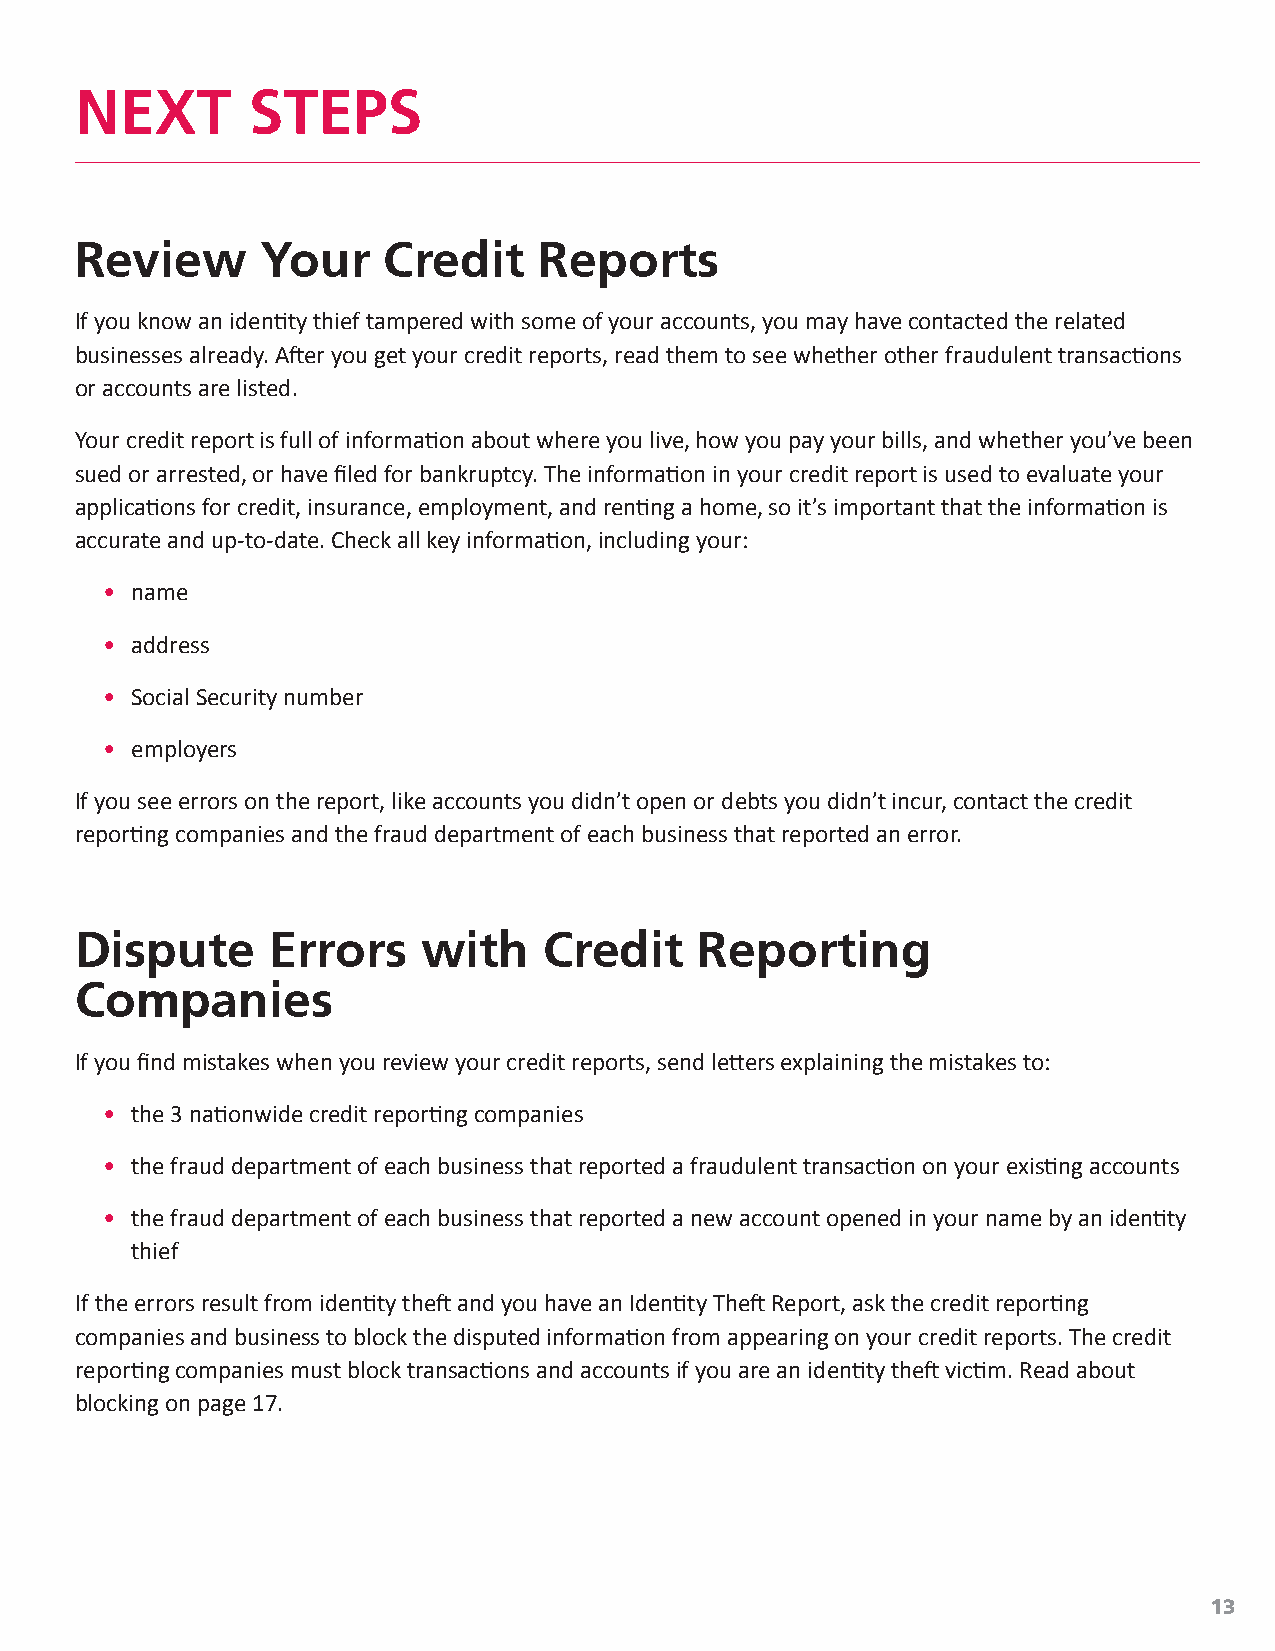
NEXT       STEPS
 Review      Your    Credit     Reports
 If you know an identity thief tampered with some of your accounts, you may have contacted the related
 businesses already. After you get your credit reports, read them to see whether other fraudulent transactions
 or accounts are listed.
 Your credit report is full of information about where you live, how you pay your bills, and whether you’ve been
 sued or arrested, or have filed for bankruptcy. The information in your credit report is used to evaluate your
 applications for credit, insurance, employment, and renting a home, so it’s important that the information is
 accurate and up-to-date. Check all key information, including your:
 • name
 • address
 • Social Security number
 • employers
 If you see errors on the report, like accounts you didn’t open or debts you didn’t incur, contact the credit
 reporting companies and the fraud department of each business that reported an error.
 Dispute      Errors    with    Credit    Reporting
 Companies
 If you find mistakes when you review your credit reports, send letters explaining the mistakes to:
 • the 3 nationwide credit reporting companies
 • the fraud department of each business that reported a fraudulent transaction on your existing accounts
 • the fraud department of each business that reported a new account opened in your name by an identity
 thief
 If the errors result from identity theft and you have an Identity Theft Report, ask the credit reporting
 companies and business to block the disputed information from appearing on your credit reports. The credit
 reporting companies must block transactions and accounts if you are an identity theft victim. Read about
 blocking on page 17.
 13